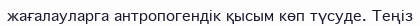
жағалауларга антропогендік қысым көп түсуде. Теңіз